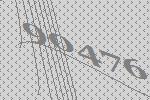
90476